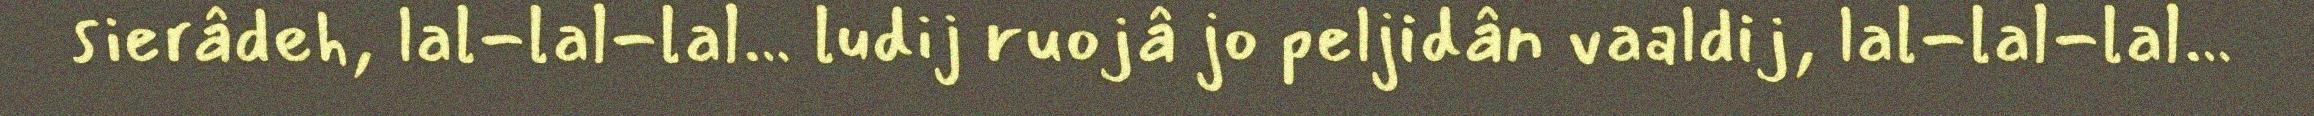
sierâdeh, lal-lal-lal… ludij ruojâ jo peljidân vaaldij, lal-lal-lal…